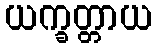
ယက္ခတ္တာယ